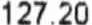
127.20